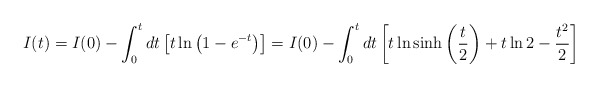
\begin{align*}I(t)=I(0)-\int_0^tdt\left[ t\ln\left(1-e^{-t}\right)\right]=I(0)-\int_0^tdt \left[t\ln\sinh\left(\frac{t}{2}\right)+t\ln2-\frac{t^2}{2}\right]\end{align*}